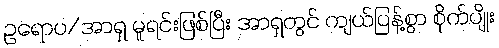
ဥရောပ/အာရှ မူရင်းဖြစ်ပြီး အာရှတွင် ကျယ်ပြန့်စွာ စိုက်ပျိုး